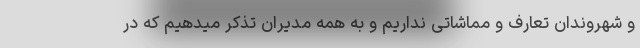
و شهروندان تعارف و مماشاتی نداریم و به همه مدیران تذکر میدهیم که در